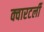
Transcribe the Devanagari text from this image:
क्वारटर्ली